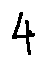
4